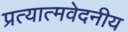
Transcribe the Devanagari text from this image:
प्रत्यात्मवेदनीय